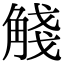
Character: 𧣴